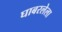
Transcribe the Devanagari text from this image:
घाबरलेला